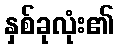
နှစ်ခုလုံး၏